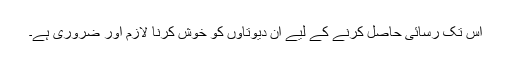
اس تک رسائی حاصل کرنے کے لیے ان دیوتاؤں کو خوش کرنا لازم اور ضروری ہے۔